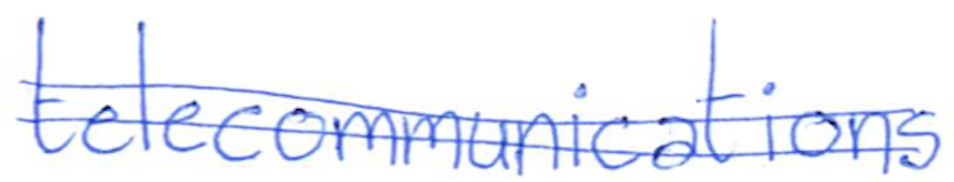
Text: telecommunications
Cross-out: double-line
Writing tool: ballpoint